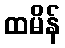
ထမိန်